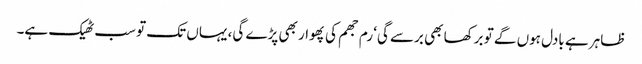
ظاہر ہے بادل ہوں گے تو برکھا بھی برسے گی‘ رم جھم کی پھوار بھی پڑے گی، یہاں تک تو سب ٹھیک ہے۔